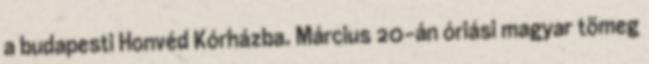
a budapesti Honvéd Kórházba. Március 20-án óriási magyar tömeg